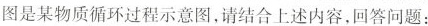
图是某物质循环过程示意图，请结合上述内容，回答问题：